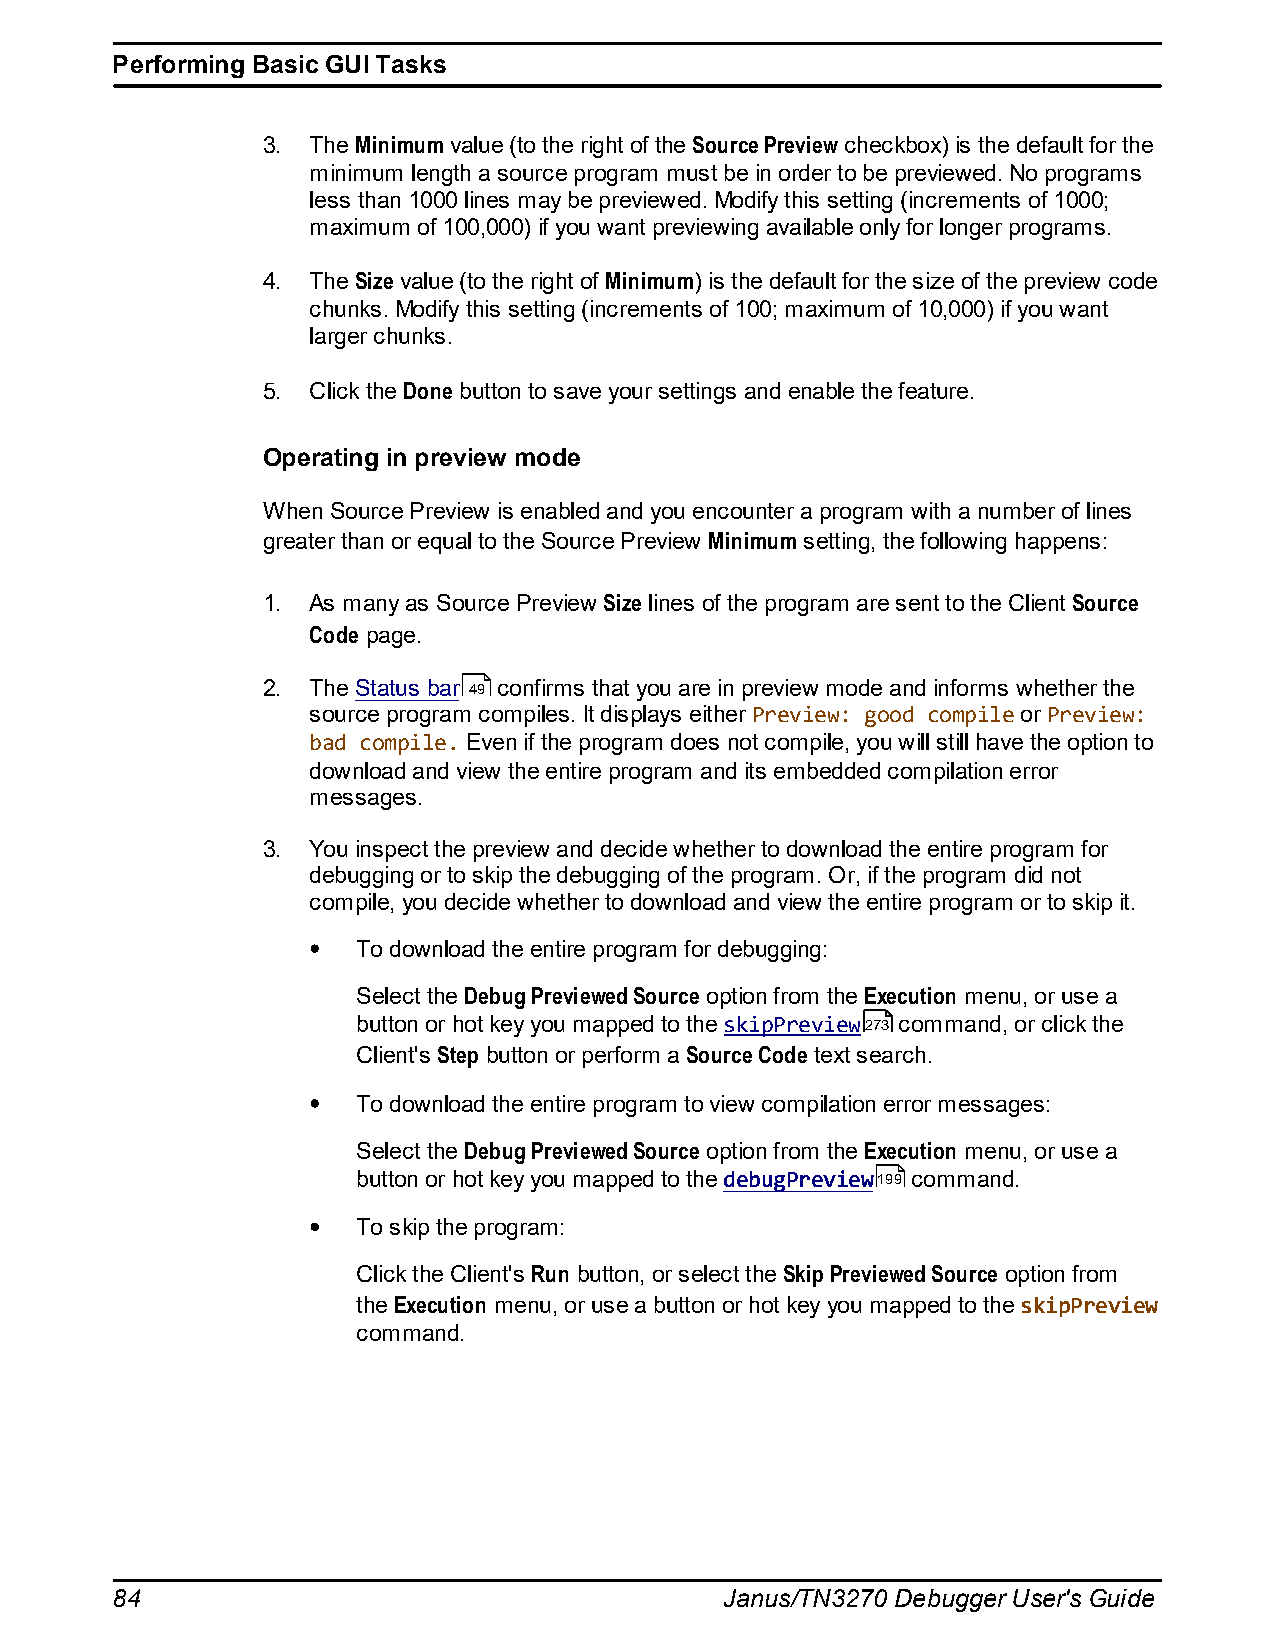
Performing Basic GUI Tasks
 3. The Minimum value (to the right of the Source Preview checkbox) is the default for the
 minimum length a source program must be in order to be previewed. No programs
 less than 1000 lines may be previewed. Modify this setting (increments of 1000;
 maximum of 100,000) if you want previewing available only for longer programs.
 4. The Size value (to the right of Minimum) is the default for the size of the preview code
 chunks. Modify this setting (increments of 100; maximum of 10,000) if you want
 larger chunks.
 5. Click the Done button to save your settings and enable the feature.
 Operating in preview mode
 When Source Preview is enabled and you encounter a program with a number of lines
 greater than or equal to the Source Preview Minimum setting, the following happens:
 1. As many as Source Preview Size lines of the program are sent to the Client Source
 Code page.
 2. The Status bar 49 confirms that you are in preview mode and informs whether the
 source program compiles. It displays either Preview: good compile or Preview:
 bad compile. Even if the program does not compile, you will still have the option to
 download and view the entire program and its embedded compilation error
 messages.
 3. You inspect the preview and decide whether to download the entire program for
 debugging or to skip the debugging of the program. Or, if the program did not
 compile, you decide whether to download and view the entire program or to skip it.
 To download the entire program for debugging:
 Select the Debug Previewed Source option from the Execution menu, or use a
 button or hot key you mapped to the skipPreview273 command, or click the
 Client's Step button or perform a Source Code text search.
 To download the entire program to view compilation error messages:
 Select the Debug Previewed Source option from the Execution menu, or use a
 button or hot key you mapped to the debugPreview199 command.
 To skip the program:
 Click the Client's Run button, or select the Skip Previewed Source option from
 the Execution menu, or use a button or hot key you mapped to the skipPreview
 command.
 84                                       Janus/TN3270 Debugger User's Guide